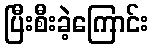
ပြီးစီးခဲ့ကြောင်း